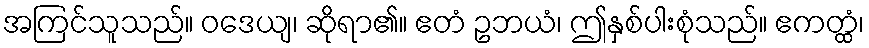
အကြင်သူသည်။ ဝဒေယျ၊ ဆိုရာ၏။ ဧတံ ဥဘယံ၊ ဤနှစ်ပါးစုံသည်။ ဧကတ္ထံ၊